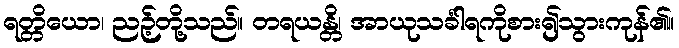
ရတ္တိယော၊ ညဉ့်တို့သည်။ တရယန္တိ၊ အာယုသင်္ခါရကိုစား၍သွားကုန်၏။